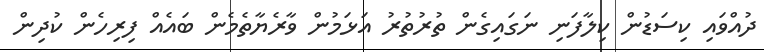
ދުއްވައި ކިސަޑުން ކިލާފަނި ނަގައިގެން ތުރުތުރު އަޅަމުން ވާރެޔާތެމެން ބައެއް ފިރިހެން ކުދިން